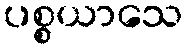
ပစ္စယာသေ